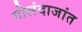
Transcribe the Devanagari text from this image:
गोलंदाजांत